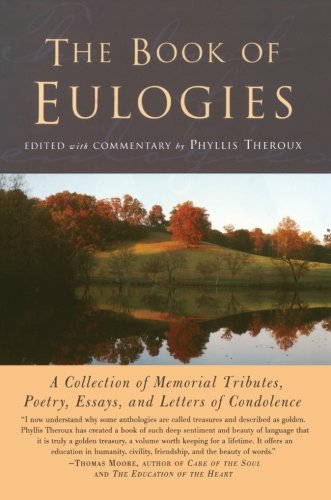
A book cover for The Book Of Eulogies; Phyllis Theroux; Biographies & Memoirs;